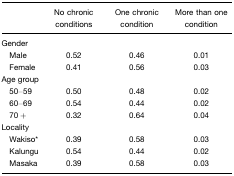
|  | No chronic conditions | One chronic condition | More than one condition |
 | --- | --- | --- | --- |
 | Gender |  |  |  |
 | Male | 0.52 | 0.46 | 0.01 |
 | Female | 0.41 | 0.56 | 0.03 |
 | Age group |  |  |  |
 | 50–59 | 0.50 | 0.48 | 0.02 |
 | 60–69 | 0.54 | 0.44 | 0.02 |
 | 70+ | 0.32 | 0.64 | 0.04 |
 | Locality |  |  |  |
 | Wakiso* | 0.39 | 0.58 | 0.03 |
 | Kalungu | 0.54 | 0.44 | 0.02 |
 | Masaka | 0.39 | 0.58 | 0.03 |